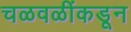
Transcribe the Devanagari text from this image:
चळवळींकडून